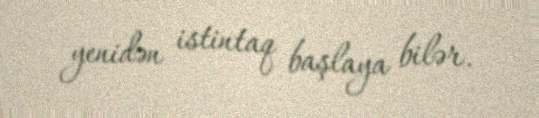
yenidən istintaq başlaya bilər.